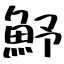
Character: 魣